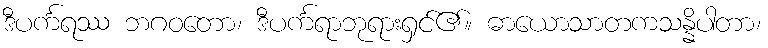
ဒီပင်္ကရဿ ဘဂဝတော၊ ဒီပင်္ကရာဘုရားရှင်၏။ ဓာယောသာတကသန္နိပါတာ၊